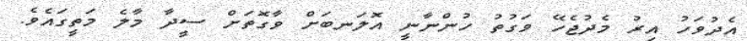
އެދުވަހު އިރު މެދުޖެހޭ ވަގުތު ހުންނާނީ އޮލަނބަށް ވާގޮތަށް ސީދާ މާލެ މަތީގައެވެ.